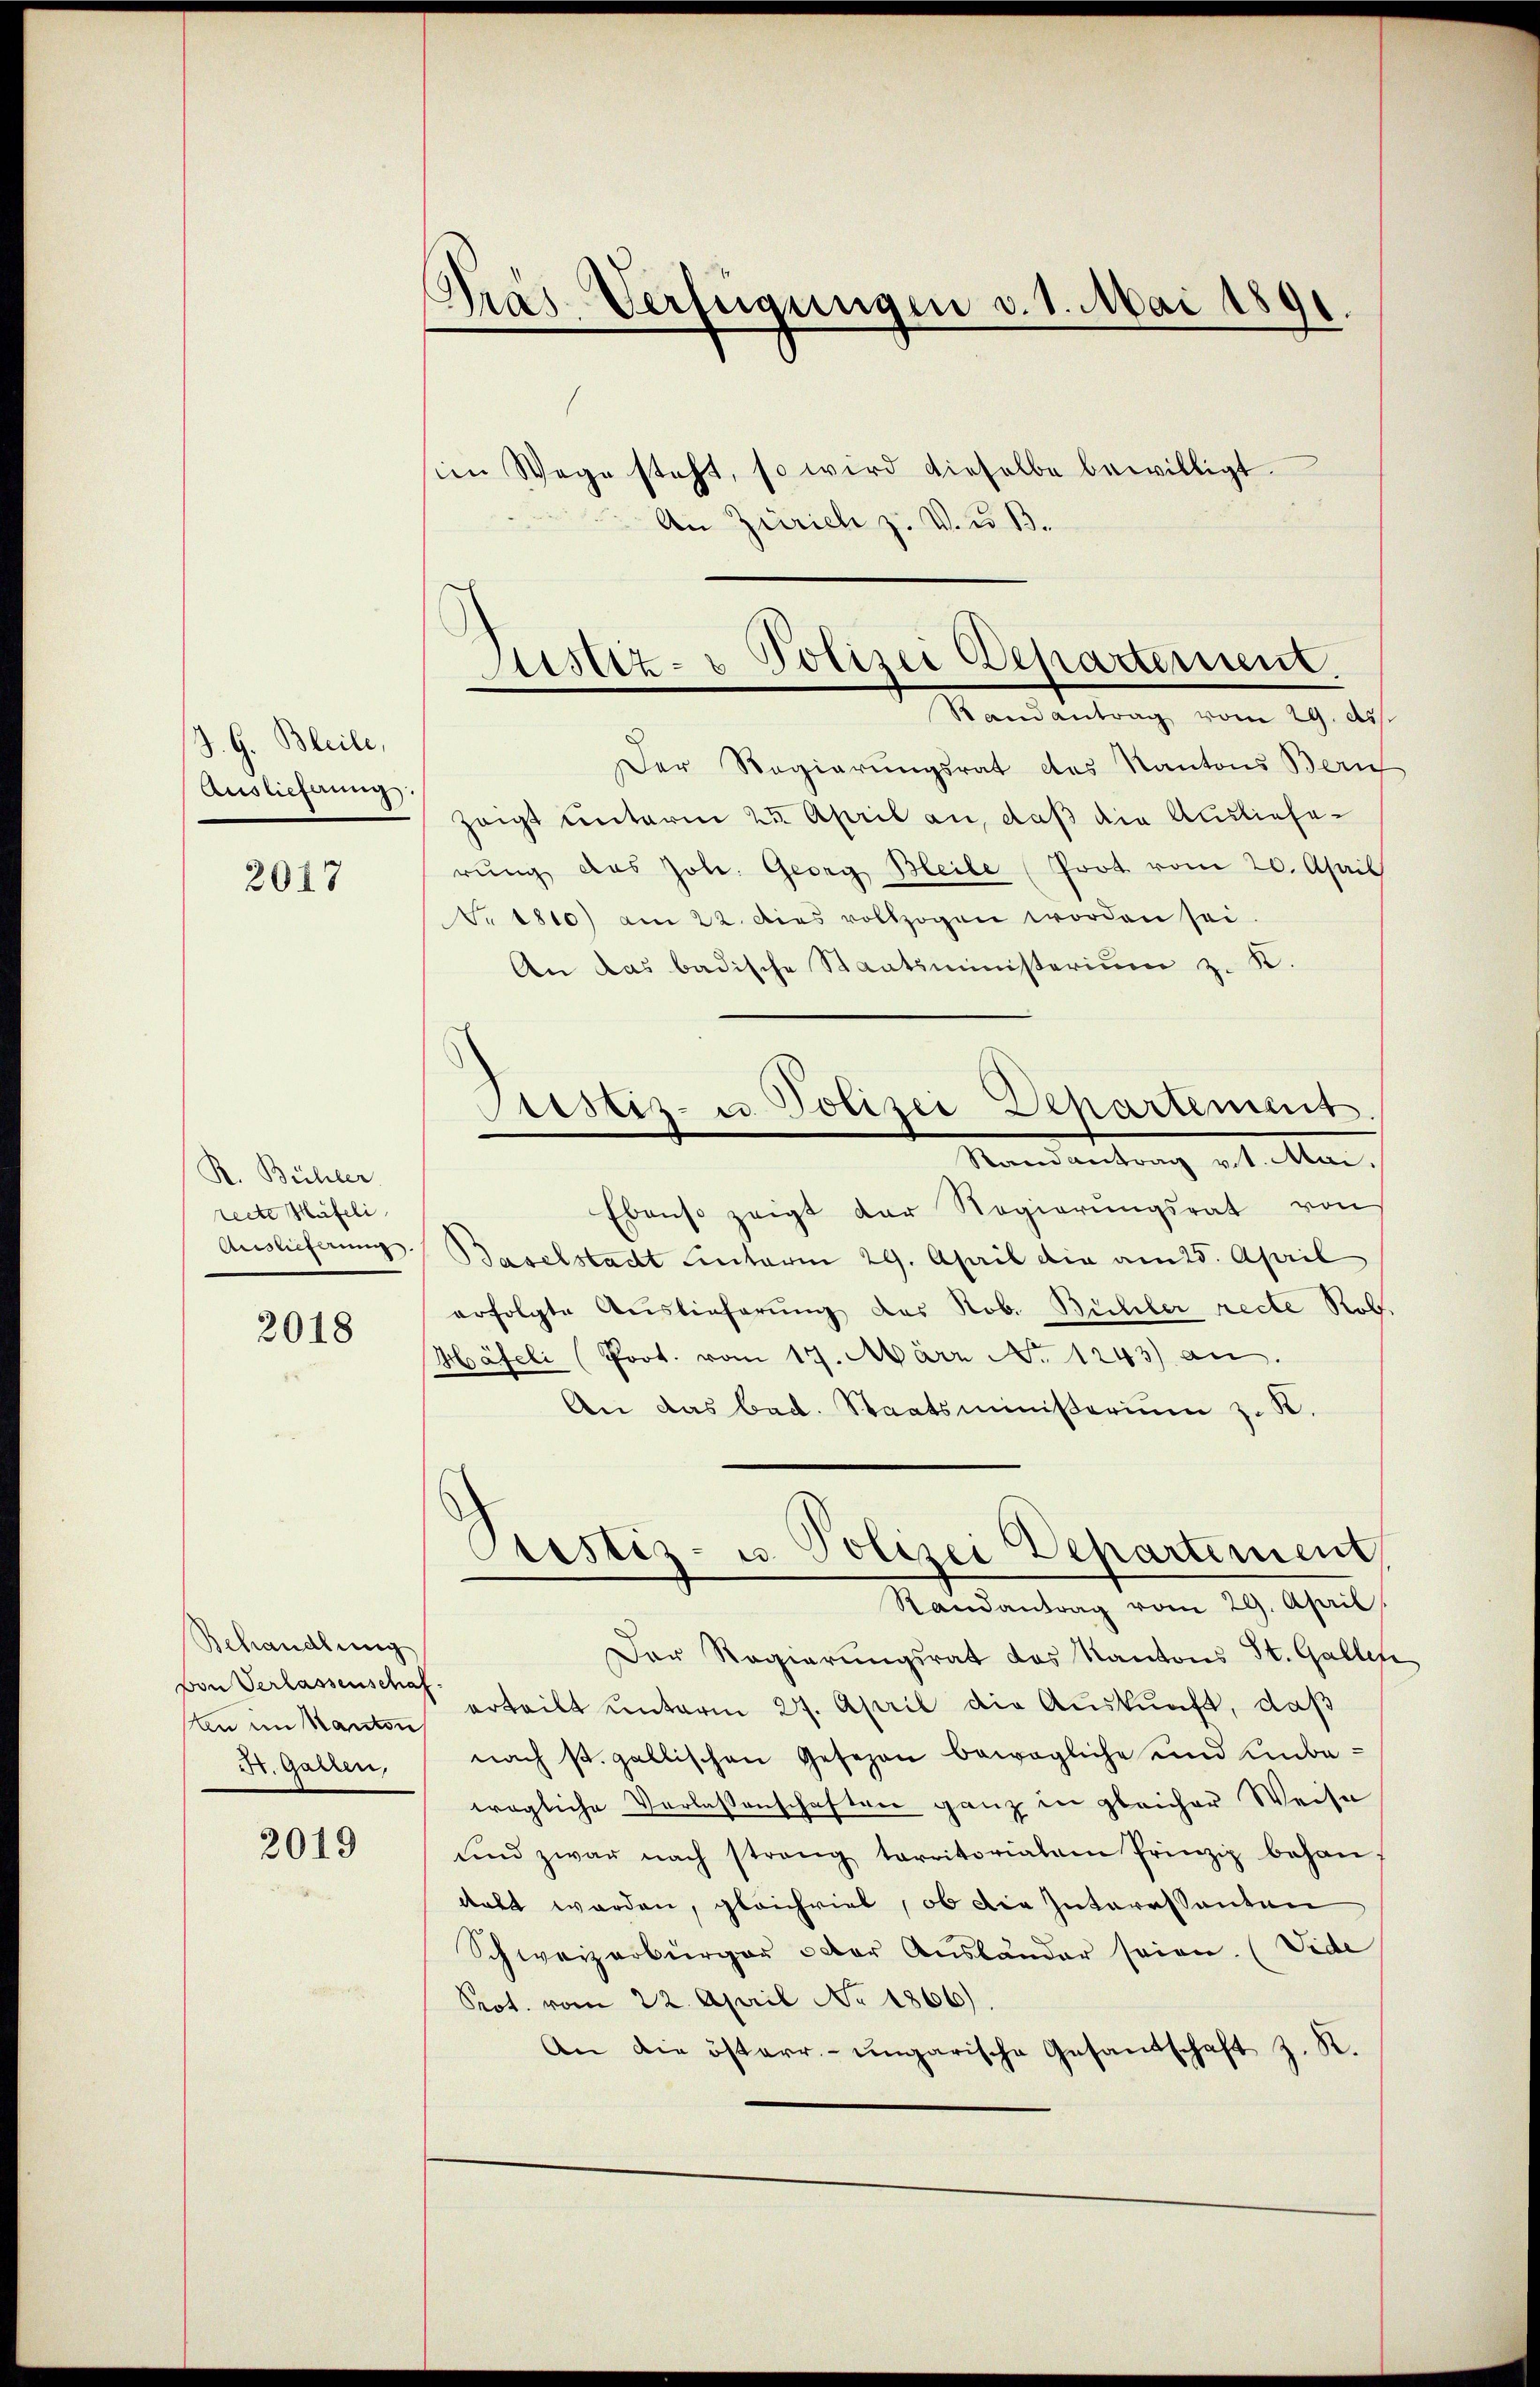
J. G. Bleile,
Auslieferung.

2017

R. Bühler
recte Häfeli
Auslieferung.

2018

Behandlung
von Verlassenschaf
ten im Kanton
St. Gallen,

2019

Präs. Verfügungen v. 1. Mai 1891.

sien Wege steht, so wird dieselbe bewilligt.
An Zürich z. V. u B.

Justiz- & Polizei Departement.
Randantrag vom 29. ds.

Der Regierungsrat des Kantons Bern
zeigt unterm 25. April an, daß die Auslieferŭng das Joh. Georg Bleibe (Prot. vom 20. April
V. 1810) am 22. dies vollzogen worden sei.
An das badische Staatsministerium z. K.
Randantrag v. 1. Mai.
Ebenso zeigt der Regierŭngsrat von
Baselstadt hinterm 29. April die am 25. April
erfolgte Auslieferung das Nob. Bühler recte Rob.
Häfeli (Prot. vom 19. März No. 1243) an.
An das bad. Staatsministerium z. K.
Prustiz- u. Polizei Departement
Randantrag vom 29. April.
Der Regierungsrat das Kantons St. Gallen
erteilt unterm 27. April die Auskunft, daß
nach st. gallischen Gesezen bewegliche und Einbewögliche Verlassenschaften ganz in gleicher Weise
und zwar nach streng territorialem Prinzip behan
dabt werden, gleichviel, ob die Interessanten
Schweizerbürger oder Ausländer seien. (Vide
Prot. vom 22. April No 1866).
An die österr.-ungarische Gesandschaft z. R.

Pristiz- u. Polizei Departement.